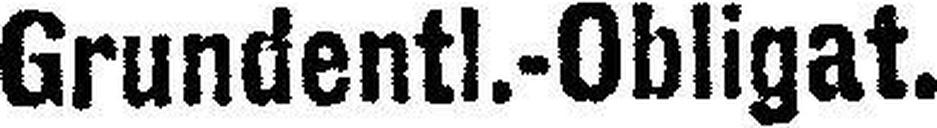
Grundentl.-Obligat.